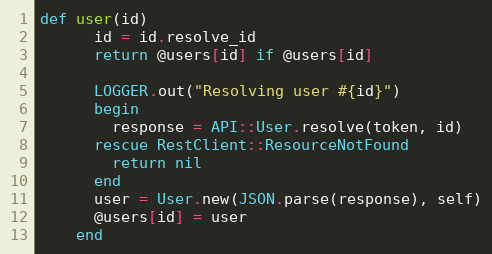
Language: Ruby
def user(id)
      id = id.resolve_id
      return @users[id] if @users[id]

      LOGGER.out("Resolving user #{id}")
      begin
        response = API::User.resolve(token, id)
      rescue RestClient::ResourceNotFound
        return nil
      end
      user = User.new(JSON.parse(response), self)
      @users[id] = user
    end